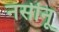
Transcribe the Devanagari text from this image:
नसीनू